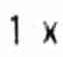
1 X